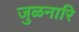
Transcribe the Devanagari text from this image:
जुळनारि